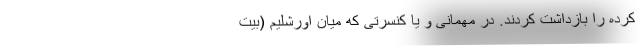
کرده را بازداشت کردند. در مهمانی و یا کنسرتی که میان اورشلیم (بیت